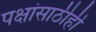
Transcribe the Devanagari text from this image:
पक्षांसाठीही